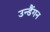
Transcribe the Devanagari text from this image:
उन्डैंगन